system: You are a helpful assistant.
user:
Analyze the provided spectrum to determine if it is a **Carbon Star (C-type)**.

- **Key Visual Indicators of Carbon Star:**
    - **(Primary):** Strong molecular absorption from **C₂ (diatomic carbon) "Swan Bands."** This is the **defining feature** of a carbon star.
        - **(Key Bandheads):** Sharp absorption edges are visible at approximately $5635$ Å, $5165$ Å (the strongest band), and $4737$ Å.
        - **(Line Profile):** Creates a distinct **"saw-tooth"** pattern. The key morphology is a sharp, steep bandhead on the **red (long-wavelength) side**, which then gradually tapers off (i.e., flux recovers) towards the **blue (short-wavelength) side**. *(This is the direct opposite of the TiO bands seen in M-type stars)*.

    - **(Secondary):** Intense **CN (cyanogen)** molecular absorption bands.
        - **(Key Bandheads):** Located in the blue and violet regions of the spectrum (e.g., near $4215$ Å and $3883$ Å).
        - **(Morphology):** These bands are extremely broad and act as a "blanket," absorbing the vast majority of blue and violet light. This creates a characteristic **"cliff"** or **"steep drop-off"** in the spectrum's flux at short wavelengths.

    - **(Key Confirmation):** Strong **CH absorption band (G-band)**.
        - **(Key Bandhead):** Located around $4300$ Å. The contribution from CH molecules to this band is exceptionally strong.

    - **(Overall Spectrum):**
        - The continuum is severely "chopped up" by these deep molecular bands, especially C₂, rather than appearing as a smooth curve.
        - Due to the heavy CN and C₂ absorption in the blue-green, the vast majority of the star's flux is concentrated in the red part of the spectrum, giving the star its characteristic deep red color.

Think first, call **spectral_visualization_tool** if needed to examine features in detail, then provide your final answer. Your response must adhere to the following strict rules:
1.  **Overall Structure:** Your response must follow the format `<think>...</think> <tool_call>...</tool_call> (if a tool is used) <answer>...</answer>`.
2.  **Tool Usage Constraint:** You may only make **one** tool call per turn.
3.  **Final Answer Format:** In the `<answer>` tag, your conclusion must be inside a `\boxed{}` command (e.g., `\boxed{YES}`), followed by your justification.

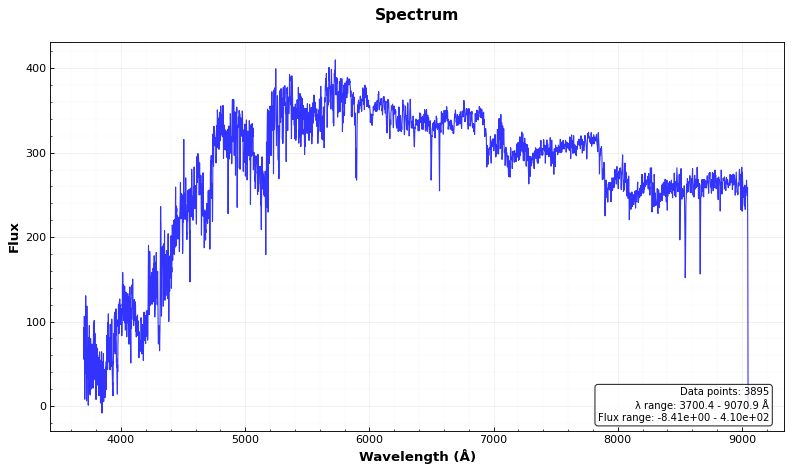
Answer: YES